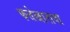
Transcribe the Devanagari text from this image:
फत्तेखानाचा